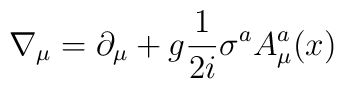
\nabla_{\mu} = \partial_{\mu} + g \frac{1}{2i} \sigma^aA^a_{\mu}(x)